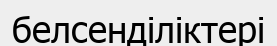
белсенділіктері